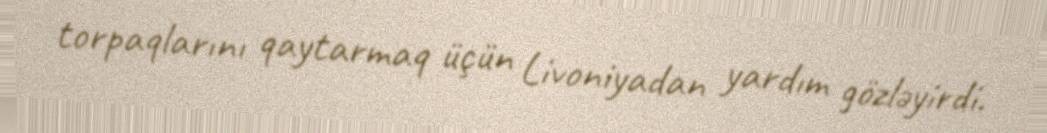
torpaqlarını qaytarmaq üçün Livoniyadan yardım gözləyirdi.